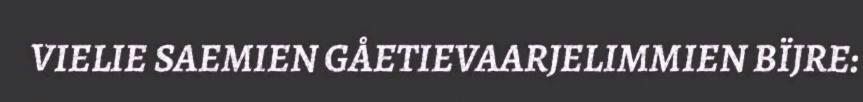
VIELIE SAEMIEN GÅETIEVAARJELIMMIEN BÏJRE: